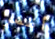
أظهر